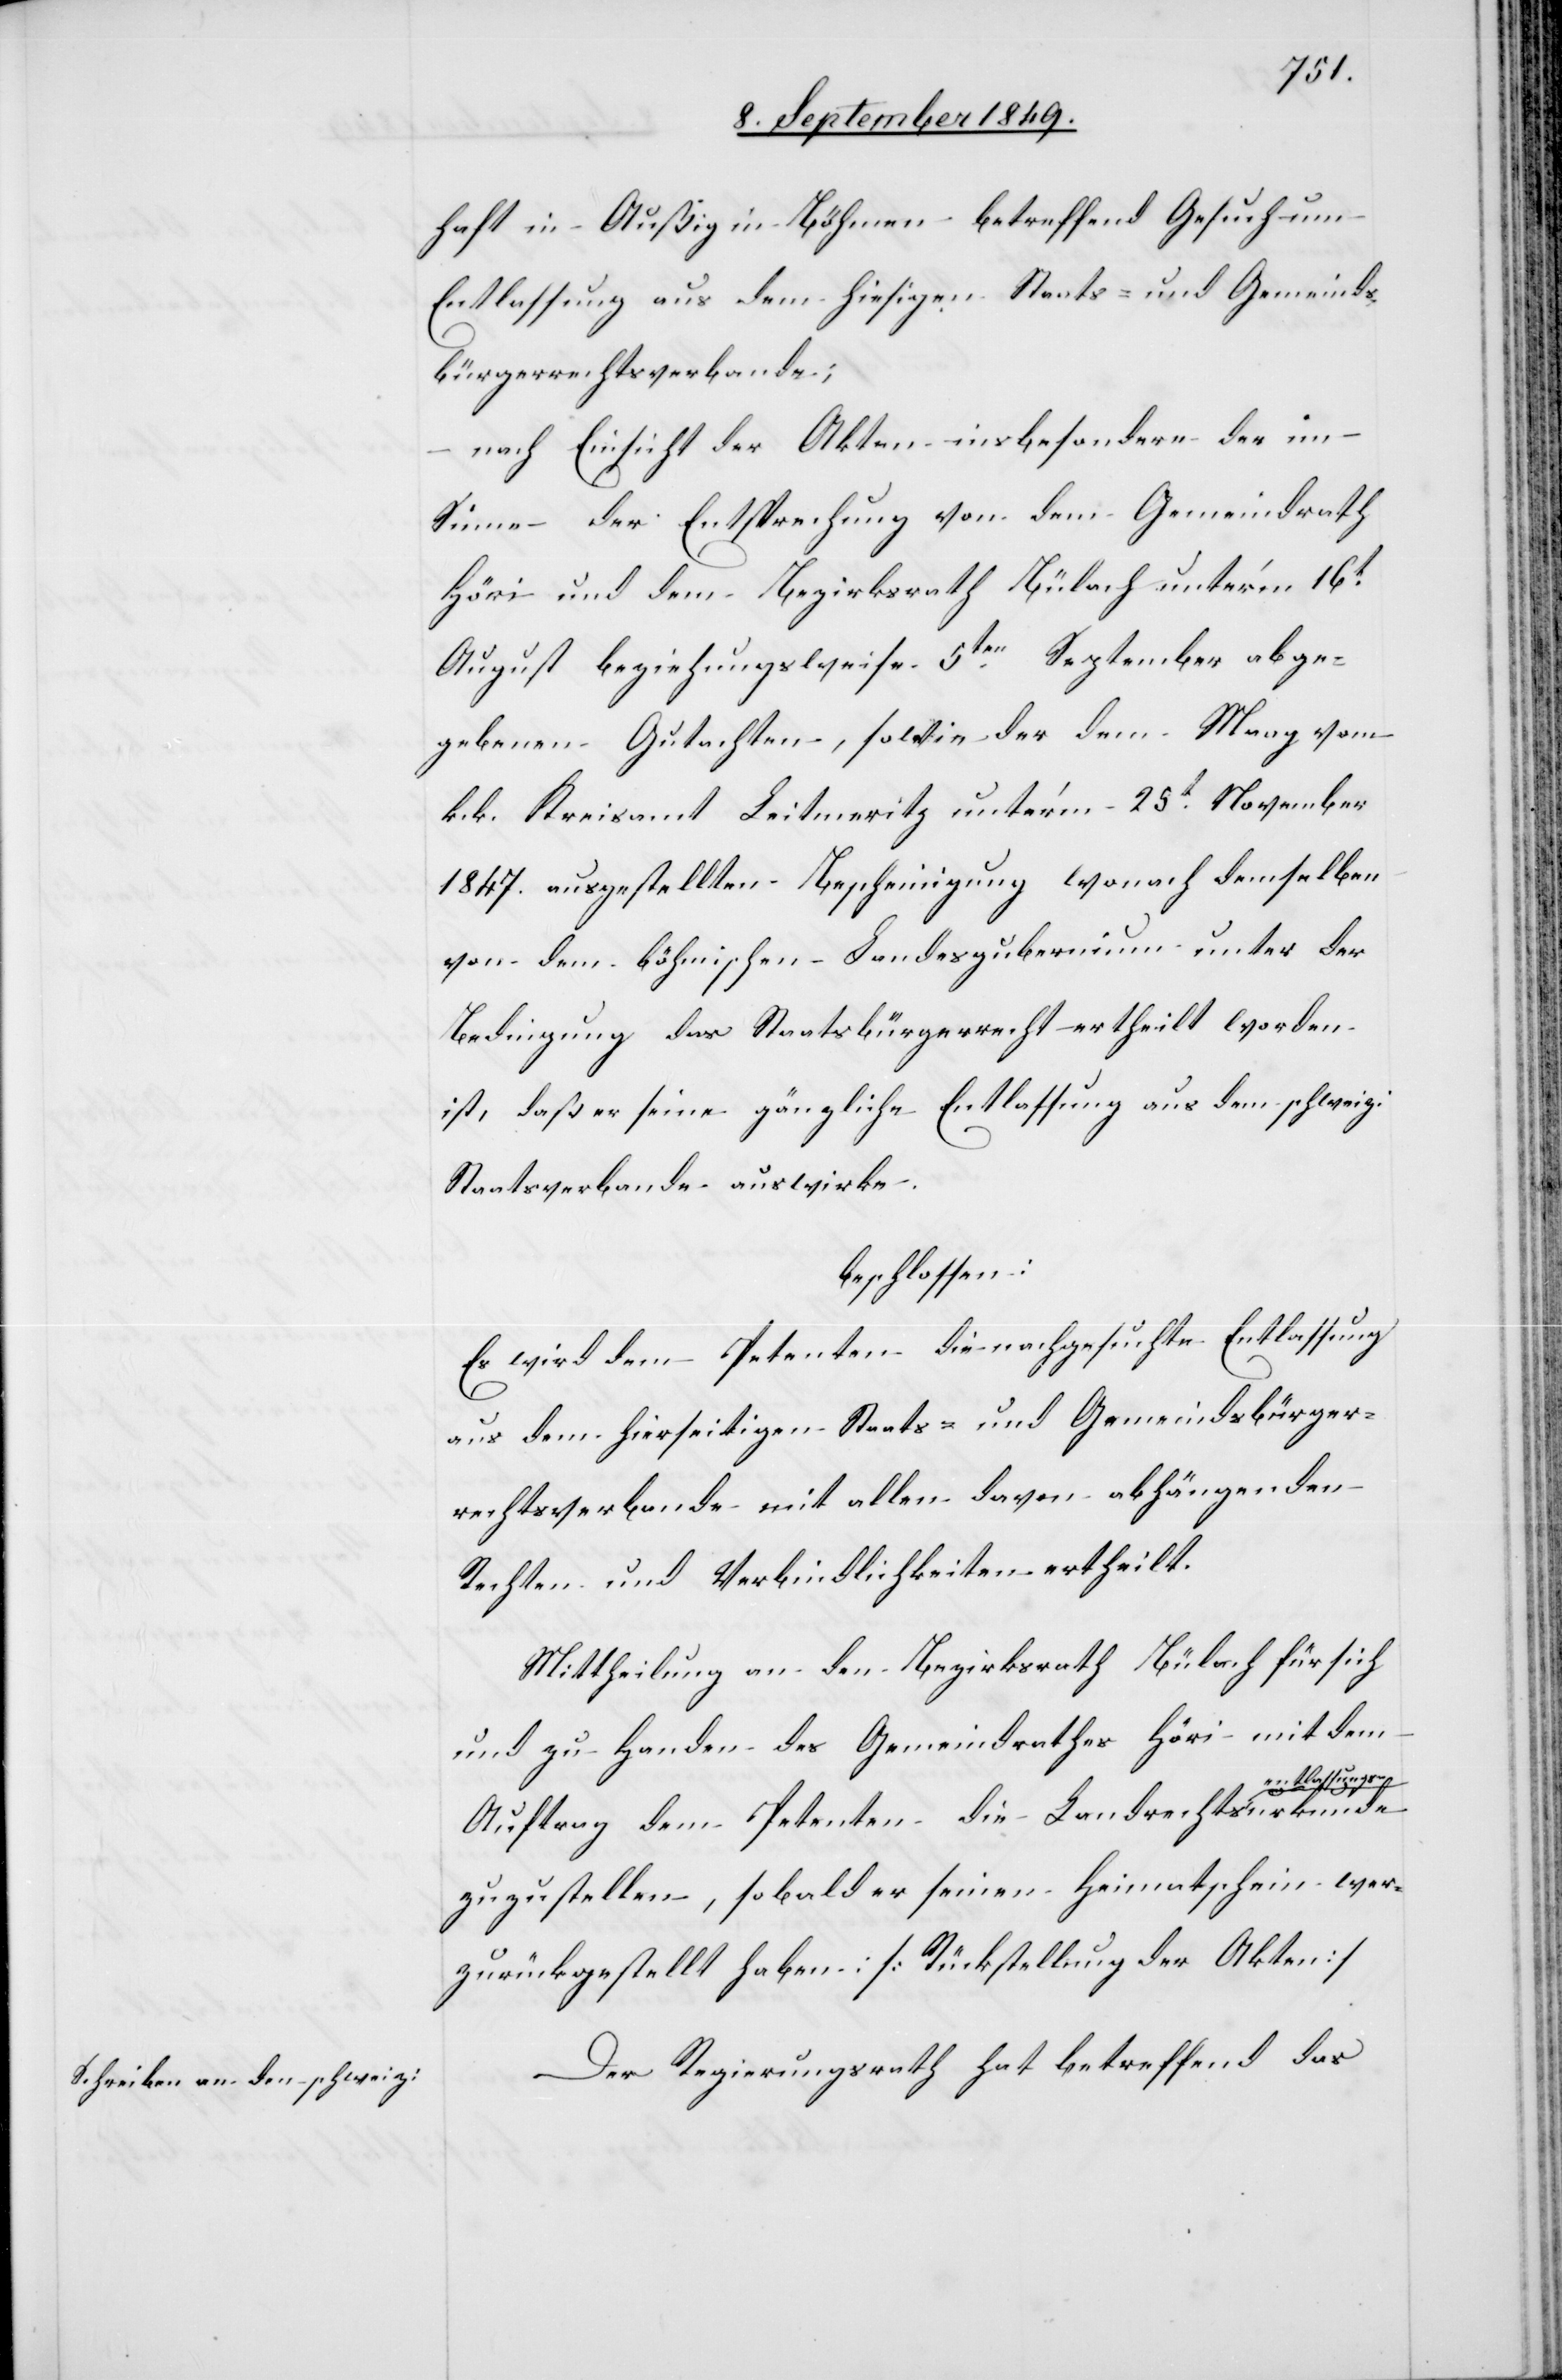
haft in Außig in Böhmen betreffend Gesuch um
Entlassung aus dem hiesigen Staats- und Gemeinds¬
bürgerrechtsverbande;
nach Einsicht der Akten insbesondere der im
Sinne der Entsprechung von dem Gemeindrath
Höri und dem Bezirksrath Bülach unter’m 16t
August beziehungsweise 5ten September abge¬
gebenen Gutachten, sowie der dem Maag vom
k. k. Kreisamt Leitmeritz unter’m 25t November
1847. ausgestellten Bescheinigung wonach demselben
von dem böhmischen Landesgubernium unter der
Bedingung das Staatsbürgerrecht ertheilt worden
ist, daß er seine gänzliche Entlassung aus dem schweiz.
Staatsverbande auswirke.
beschlossen:
Es wird dem Petenten die nachgesuchte Entlassung
aus dem hierseitigen Staats- und Gemeindsbürger¬
rechtsverbande mit allen davon abhängenden
Rechten und Verbindlichkeiten ertheilt.
Mittheilung an den Bezirksrath Bülach für sich
und zu Handen des Gemeindrathes Höri mit dem
r[de]
surkunde
Auftrag dem Petenten die Landrechtsentlass¬
zuzustellen, sobald er seinen Heimatschein we¬
zurückgestellt haben. [Rückstellung der Akten]
Der Regierungsrath hat betreffend das